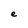
Character: e